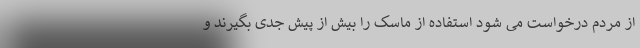
از مردم درخواست می شود استفاده از ماسک را بیش از پیش جدی بگیرند و